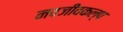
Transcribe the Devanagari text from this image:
नवजीवकल्प